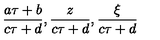
\frac { a \tau + b } { c \tau + d } , \frac { z } { c \tau + d } , \frac { \xi } { c \tau + d }